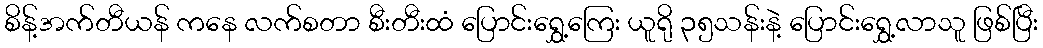
စိန့်အက်တီယန် ကနေ လက်စတာ စီးတီးထံ ပြောင်းရွှေ့ကြေး ယူရို ၃၅သန်းနဲ့ ပြောင်းရွှေ့လာသူ ဖြစ်ပြီး